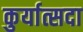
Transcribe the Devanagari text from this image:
कुर्यात्सदा